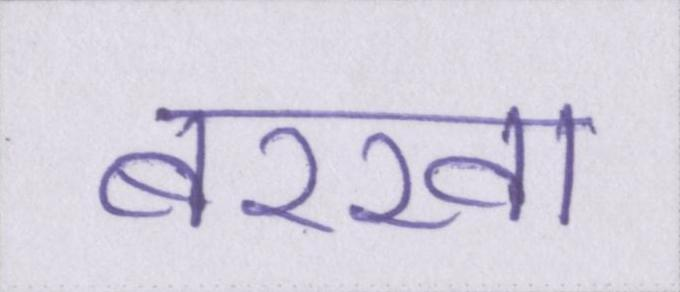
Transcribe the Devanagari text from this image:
बरखा